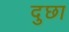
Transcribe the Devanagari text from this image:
दुछा